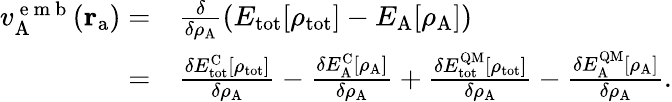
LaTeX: \begin{array}{rl}{v_{\mathrm{A}}^{\mathrm{~e~m~b~}}(\mathbf{r}_{\mathrm{a}})=}&{{}\frac{\delta}{\delta\rho_{\mathrm{A}}}(E_{\mathrm{tot}}[\rho_{\mathrm{tot}}]-E_{\mathrm{A}}[\rho_{\mathrm{A}}])}\\ {=}&{{}\frac{\delta E_{\mathrm{tot}}^{\mathrm{C}}[\rho_{\mathrm{tot}}]}{\delta\rho_{\mathrm{A}}}-\frac{\delta E_{\mathrm{A}}^{\mathrm{C}}[\rho_{\mathrm{A}}]}{\delta\rho_{\mathrm{A}}}+\frac{\delta E_{\mathrm{tot}}^{\mathrm{QM}}[\rho_{\mathrm{tot}}]}{\delta\rho_{\mathrm{A}}}-\frac{\delta E_{\mathrm{A}}^{\mathrm{QM}}[\rho_{\mathrm{A}}]}{\delta\rho_{\mathrm{A}}}.}\end{array}